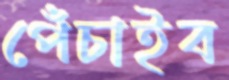
পেঁচাইব